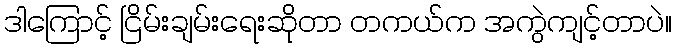
ဒါကြောင့် ငြိမ်းချမ်းရေးဆိုတာ တကယ်က အကွဲကျင့်တာပဲ။